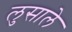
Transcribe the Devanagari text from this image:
लुसाले